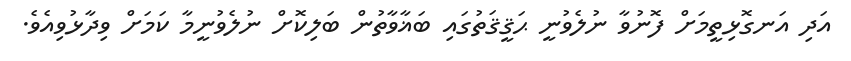
އަދި އަނގޮޅިތީމަށް ފޮނުވާ ނުލެވުނީ ޙަޤީޤަތުގައި ބަޣާވާތުން ބަލިކޮށް ނުލެވުނީމާ ކަމަށް ވިދާޅުވިއެވެ.